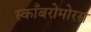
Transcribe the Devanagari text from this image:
स्काँबरोमोरस